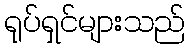
ရုပ်ရှင်များသည်